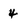
Character: 4